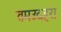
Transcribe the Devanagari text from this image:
तमउदहरा